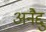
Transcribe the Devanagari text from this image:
अनैद्दु